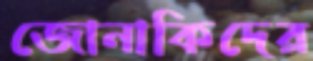
জোনাকিদের